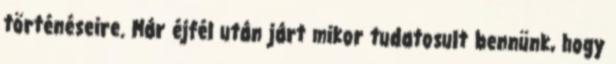
történéseire. Már éjfél után járt mikor tudatosult bennünk, hogy